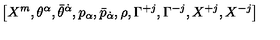
\left[ X ^ { m } , \theta ^ { \alpha } , \bar { \theta } ^ { \dot { \alpha } } , p _ { \alpha } , \bar { p } _ { \dot { \alpha } } , \rho , \Gamma ^ { + j } , \Gamma ^ { - j } , X ^ { + j } , X ^ { - j } \right] \nonumber